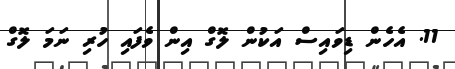
11. އެހެން ޑިވައިސް އަކުން ލޮގް އިން ވެފައި ހުރި ނަމަ ލޮގް